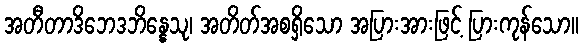
အတီတာဒိဘေဒဘိန္နေသု၊ အတိတ်အစရှိသော အပြားအားဖြင့် ပြားကုန်သော။